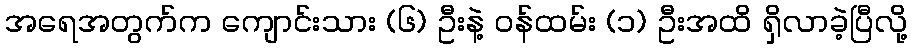
အရေအတွက်က ကျောင်းသား (၆) ဦးနဲ့ ဝန်ထမ်း (၁) ဦးအထိ ရှိလာခဲ့ပြီလို့